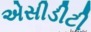
એસીડીટી